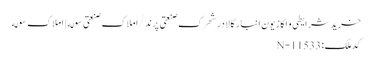
خرید شرایطی و اکازیون انبار کالا در شهرک صنعتی پرند/املاک صنعتی سوله | املاک سوله
کد ملک: N-11533